65_HS1-834228961_62-HQ-83894_Section_8
Agency: FBI
Page 59
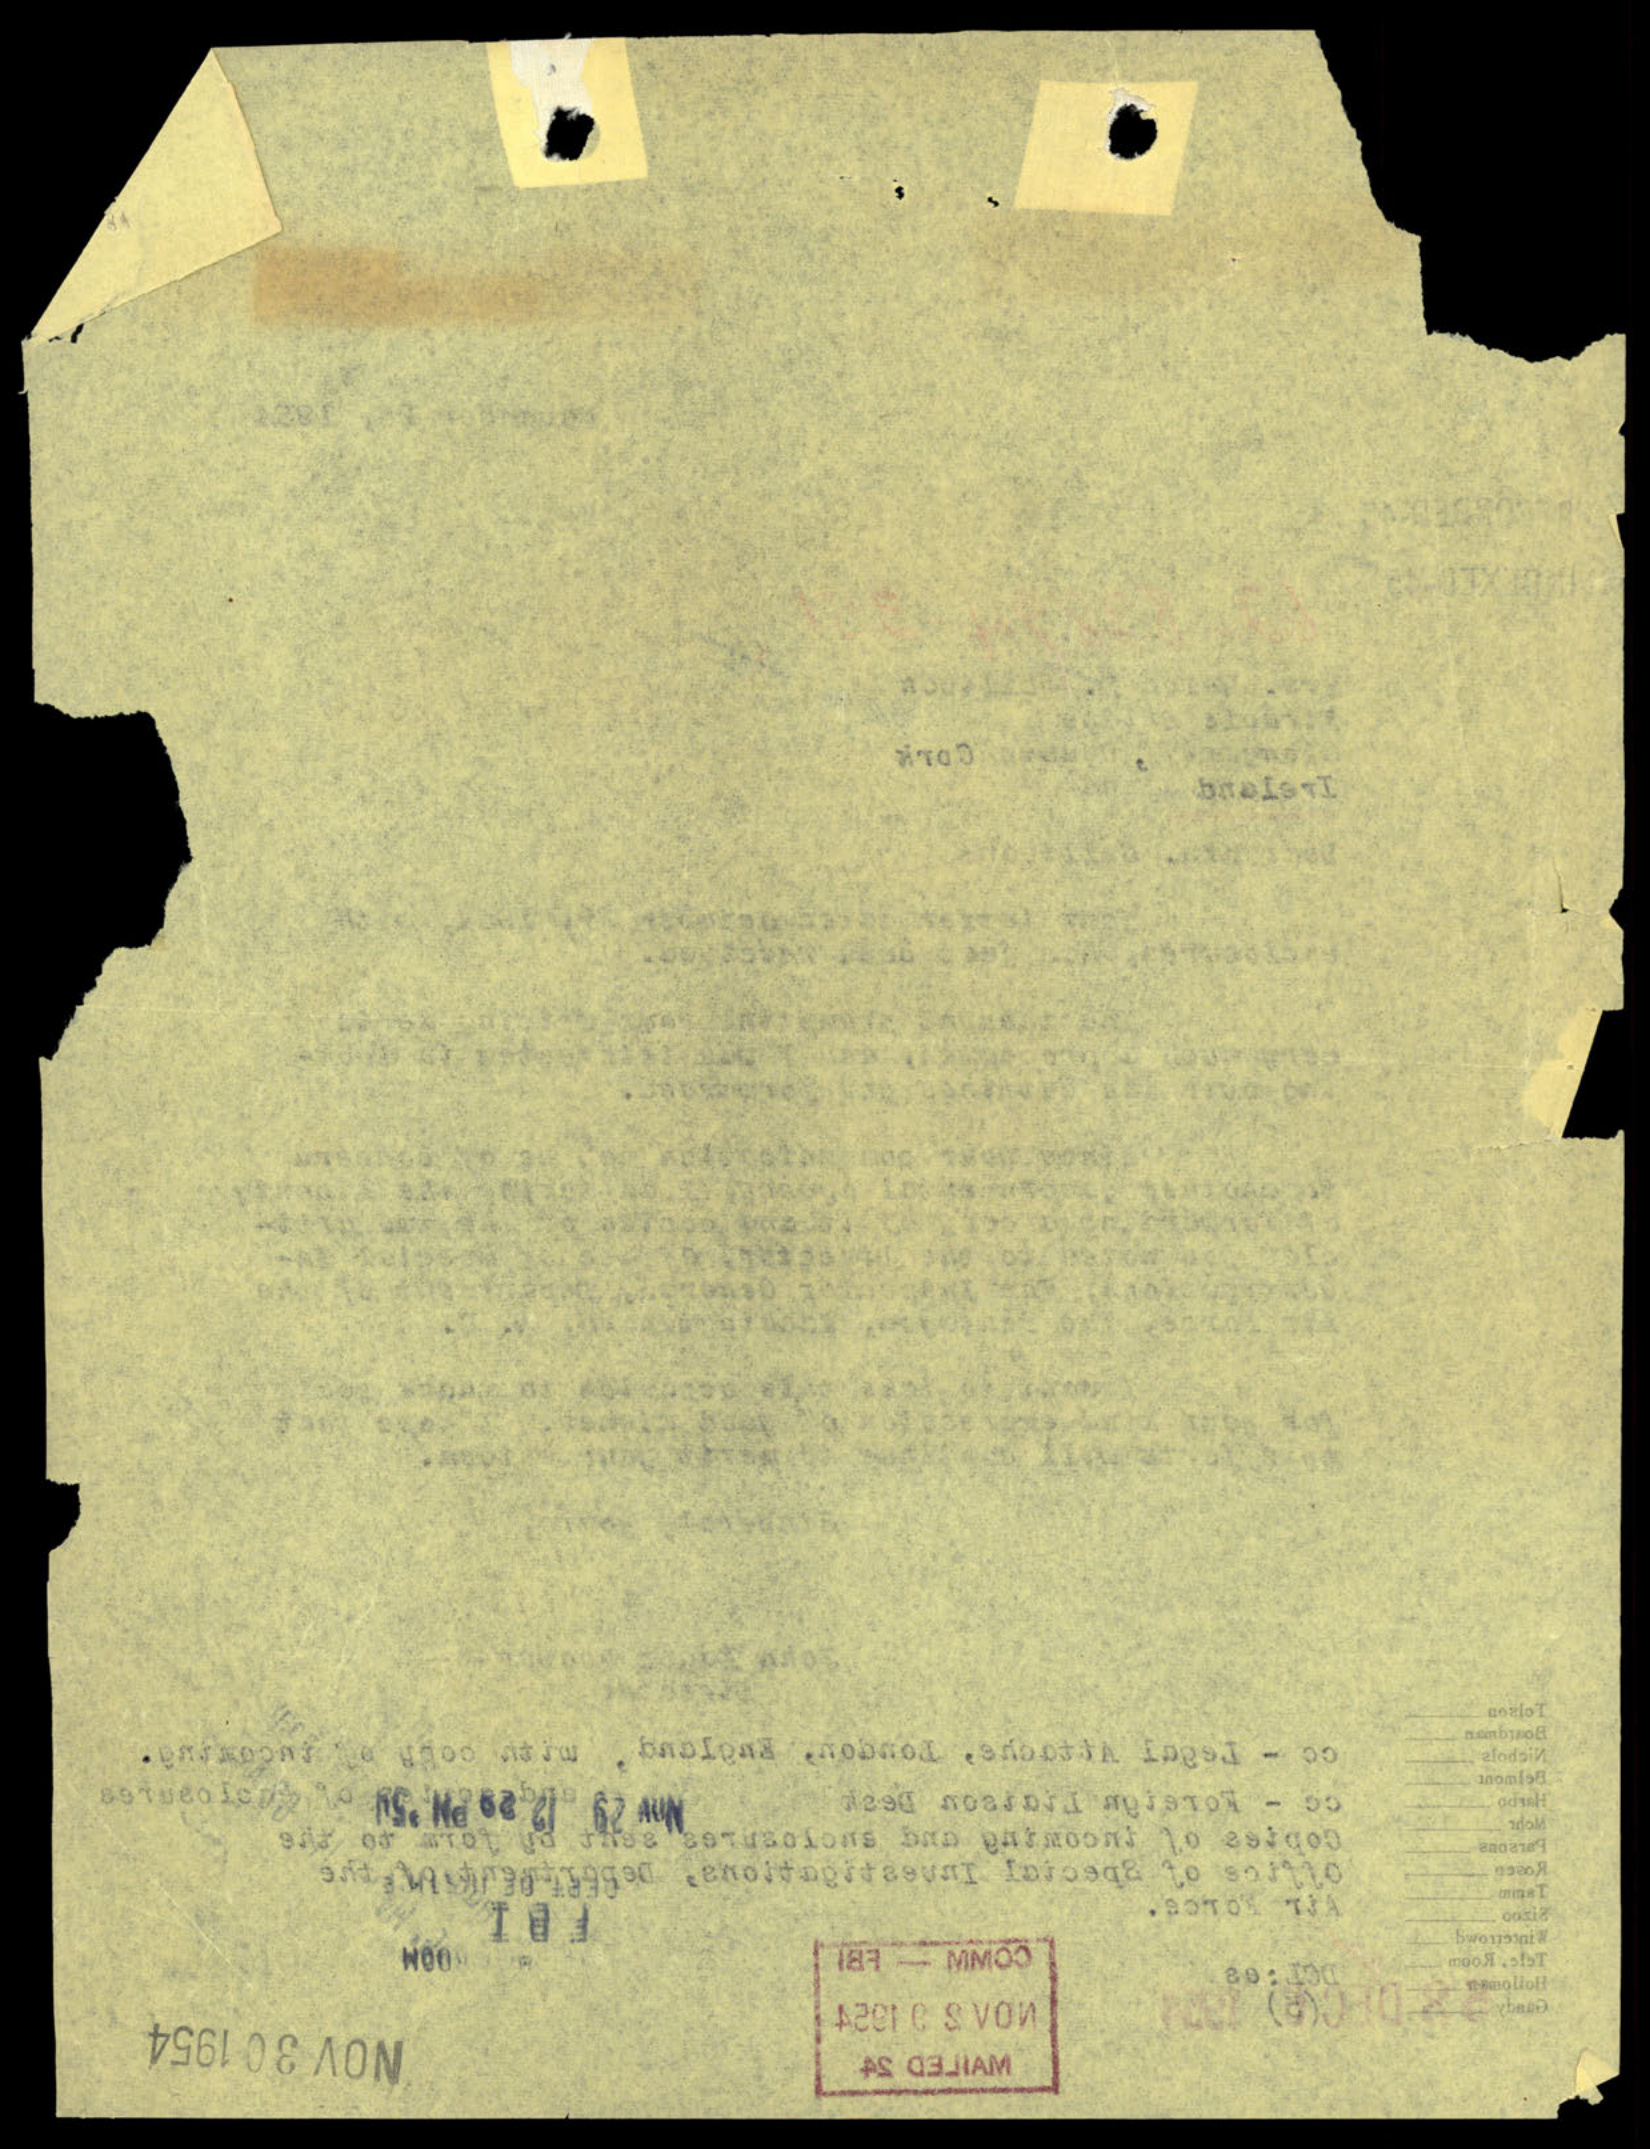